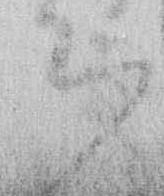
ち